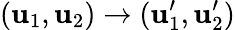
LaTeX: (\mathbf{u}_{1},\mathbf{u}_{2})\rightarrow(\mathbf{u}_{1}^{\prime},\mathbf{u}_{2}^{\prime})